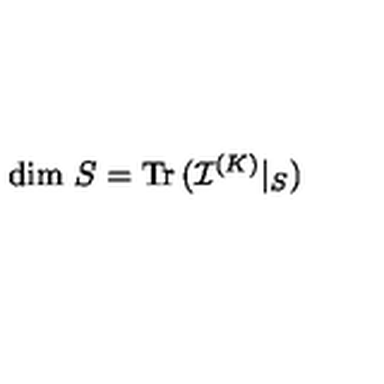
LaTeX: \mathrm { d i m } \ S = \mathrm { T r \thinspace } ( { \mathcal I } ^ { ( K ) } | _ { S } )